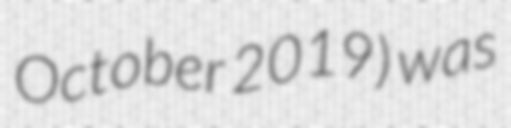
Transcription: October 2019) was